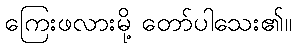
ကြေးဖလားမို့ တော်ပါသေး၏။